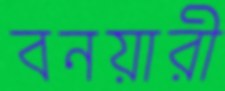
বনয়ারী